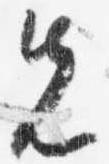
先